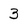
Character: 3